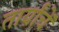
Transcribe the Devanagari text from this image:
तार्यांचें